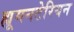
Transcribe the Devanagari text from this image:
ह्यूमनटेरियन